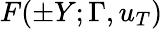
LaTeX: F(\pm Y;\Gamma,u_{T})